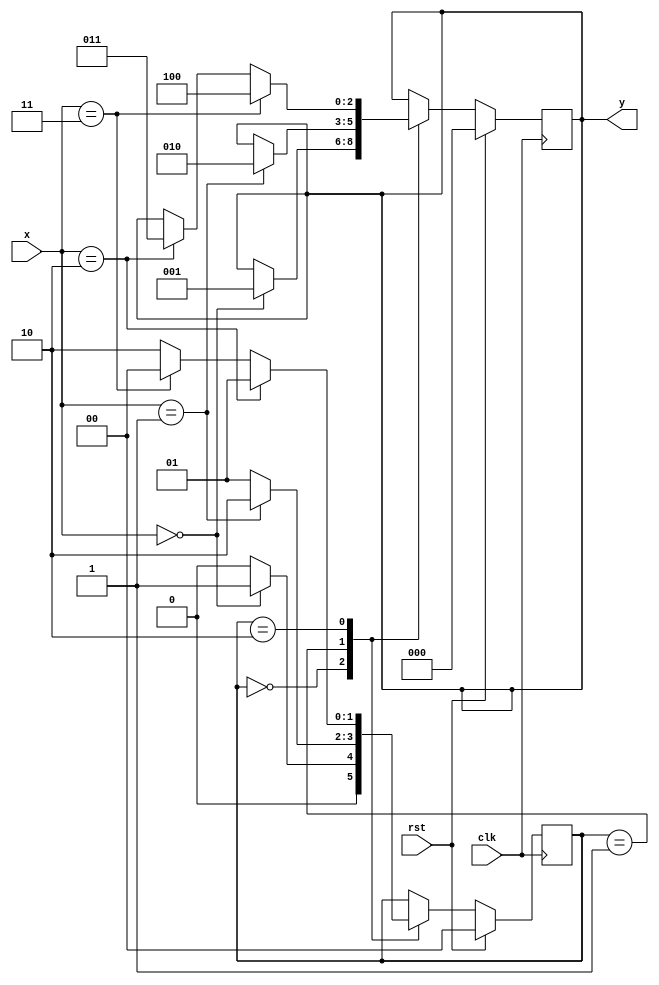
`timescale 1ns / 1ps

module mealy(
    input wire clk,
    input wire rst,
    
    input wire [1:0] x,
    output reg [2:0] y
);

    localparam S0 = 0, S1 = 1, S2 = 2;
    localparam X0 = 0, X1 = 1, X2 = 2, X3 = 3;
    
    localparam Y0 = 0, Y1 = 1, Y2 = 2,
               Y3 = 3, Y4 = 4;
    
    reg [1:0] state;
    reg [1:0] state_next;
    reg [2:0] y_next;
    
    //    
    always @*
        case (state)
            S0: state_next = (x == X0) ? S1 : S0;
            S1: state_next = (x == X1) ? S2 : S1;
            S2: state_next = (x == X2) ? S1 :
                             (x == X3) ? S0 : S2;
            default: state_next = state;
        endcase

    //    
    always @* begin
        y_next = y;
        case (state)
            S0: if (x == X0) y_next = Y1;
            S1: if (x == X1) y_next = Y2;
            S2: begin
                if (x == X2) y_next = Y3;
                if (x == X3) y_next = Y4;
                end
            default: y_next = y;
        endcase
    end
    
    //    y
    always @(posedge clk)
        if (rst) begin
            y <= Y0;
        end else begin
            y <= y_next;
        end
    
    //  
    always @(posedge clk)
        if (rst) begin
            state <= S0;
        end else begin
            state <= state_next;
        end
        
endmodule